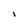
Character: i